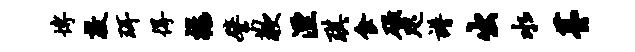
博敦珥得禄譬歉湮琪食碌咫谱出水薹